Lunatic asylums Bombay report 1878-1890 - 1878-1890
Year: 1878
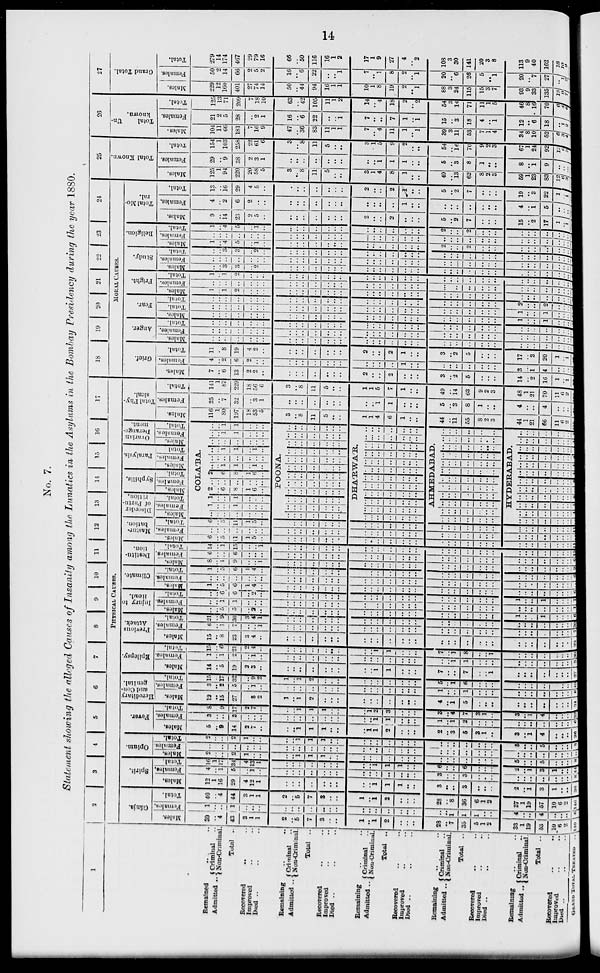
14
No. 7.
Statement showing the alleged Causes of Insanity among the Lunatics in the Asylums in the Bombay Presidency during the year 1880.
1
Remained
.. ..
Admitted ..
Criminal ..
Non-Criminal ..
Total ..
Recovered .. ..
Improved .. ..
Died ..
Remaining .. ..
Admitted .. Criminal ..
Non-Criminal.
Total
..
Recovered .. ..
Improved .. ..
Died ..
Remaining .. ..
Admitted .. Criminal ..
Non-Criminal.
Total
..
Recovered .. ..
Improved .. ..
Died .. .. ..
Remaining .. ..
Admitted .. Criminal ..
Non-Criminal.
Total
..
Recovered .. ..
Improved .. ..
Died .. .. ..
Remaining .. ..
Admitted .. Criminal ..
Non-Criminal.
Total ..
Recovered .. ..
Improved .. ..
Died .. .. ..
GRAND TOTAL TREATED ..
2 3 4 5
6
7
8
9
10
11
12
13
14
15
16
17
PHYSICAL CAUSES.
Gánja.
Males.
39
..
4
43
3
1
1
2
..
5
7
3
..
..
1
..
1
2
..
..
..
28
..
7
35
5
1
2
33
1
19
53
10
6
2
140
Females.
1
..
..
1
..
..
..
..
..
..
..
..
..
..
..
..
..
..
..
..
..
..
..
1
1
1
..
..
4
..
..
4
..
..
..
6
Total.
40
..
4
44
3
1
1
2
..
5
7
3
..
..
1
..
1
2
..
..
..
28
..
8
36
6
1
2
37
1
19
57
10
6
2
146
Spirit.
Males.
12
1
16
29
4
12
1
..
..
..
..
..
..
..
..
..
1
1
1
..
..
3
..
..
3
..
..
..
2
..
1
3
1
..
..
36
Females.
4
..
1
5
..
1
..
..
..
..
..
..
..
..
..
..
..
..
..
..
..
3
..
..
3
..
..
..
..
..
..
..
.. ..
..
8
Total.
16
1
17
34
4
13
1
..
..
..
..
..
..
..
..
..
1
1
1
..
..
6
..
..
6
..
..
..
2
..
1
3
1
..
..
44
Opium.
Males.
2
..
..
2
1
..
..
..
..
1
1
1
..
..
..
..
..
..
..
..
..
..
..
..
..
..
..
..
5
..
..
5
..
..
..
8
Females.
..
..
..
..
..
..
..
..
..
..
..
..
..
..
..
..
..
..
..
..
..
..
..
..
..
..
..
..
..
..
..
..
..
..
..
..
Total.
2
..
..
2
1
..
..
..
..
1
1
1
..
..
..
..
..
..
..
..
..
..
..
..
..
..
..
..
5
..
..
5
..
..
..
8
Fever.
Males.
5
..
9
14
2
7
..
..
..
1
1
1
..
..
..
1
1
2
..
..
..
2
..
3
5
3
1
..
3
..
1
4
..
..
..
26
Females.
3
..
..
3
..
..
..
..
..
..
..
..
..
..
..
..
1
1
..
..
..
1
..
1
2
..
..
..
..
..
..
..
..
..
..
6
Total.
8
..
9
17
2
7
..
..
..
1
1
1
..
..
..
1
2
3
..
..
..
3
..
4
7
3
1
..
3
..
1
4
..
..
..
32
Hereditary
and Con-
genital.
Males.
12
..
15
27
..
8
2
1
..
1
2
..
..
..
..
..
..
..
..
..
..
4
..
1
5
..
..
..
..
..
..
..
..
..
..
34
Females.
3
..
2
5
..
1
..
..
..
..
..
..
..
..
..
..
..
..
..
..
..
1
..
..
1
..
..
..
..
..
..
..
..
..
..
6
Total.
15
..
17
32
..
9
1
1
..
1
2
..
..
..
..
..
..
..
..
..
..
5
..
1
6
..
..
..
..
..
..
..
..
..
..
40
Epilepsy.
Males.
14
..
5
19
2
3
..
..
..
..
..
..
..
..
..
..
1
1
..
..
..
7
..
..
7
..
..
1
..
..
..
..
..
..
..
27
Females.
1
..
1
2
..
1
..
..
..
..
..
..
..
..
..
..
..
..
..
..
..
..
..
1
1
..
..
..
..
..
..
..
..
..
..
3
Total.
15
..
6
21
2
4
..
..
..
..
..
..
..
..
..
..
1
1
..
..
..
7
..
1
8
..
..
1
..
..
..
..
..
..
..
30
Previous
Attack.
Males.
15
..
8
23
3
4
..
..
..
..
..
..
..
..
..
..
..
..
..
..
..
..
..
..
..
..
..
..
..
..
..
..
..
..
..
23
Females.
6
..
1
7
..
..
1
..
..
..
..
..
..
..
..
..
..
..
..
..
..
..
..
..
..
..
..
..
..
..
..
..
..
..
..
7
Total.
21
..
9
30
3
4
1
..
..
..
..
..
..
..
..
..
..
..
..
..
..
..
..
..
..
..
..
..
..
..
..
..
..
..
..
30
Injury to
Head.
Males.
..
..
5
5
..
2
..
..
..
..
..
..
..
..
..
..
..
..
..
..
..
..
..
..
..
..
..
..
1
..
..
1
..
..
..
6
Females.
..
..
1
1
..
..
..
..
..
..
..
..
..
..
..
..
..
..
..
..
..
..
..
..
..
..
..
..
..
..
..
..
..
..
..
1
Total.
..
..
6
6
..
2
..
..
..
..
..
..
..
..
..
..
..
..
..
..
..
..
..
..
..
..
..
..
1
..
..
1
..
..
..
7
Climate.
Males.
1
..
5
6
1
4
..
..
..
..
..
..
..
..
..
..
..
..
..
..
..
..
..
..
..
..
..
..
..
..
..
..
..
..
..
6
Females.
..
..
..
..
..
..
..
..
..
..
..
..
..
..
..
..
..
..
..
..
..
..
..
..
..
..
..
..
..
..
..
..
..
..
..
..
Total.
1
..
5
6
1
4
..
..
..
..
..
..
..
..
..
..
..
..
..
..
..
..
..
..
..
..
..
..
..
..
..
..
..
..
..
6
Destitu-
tion.
Males.
8
..
1
9
..
..
1
..
..
..
..
..
..
..
..
..
..
..
..
..
..
..
..
..
..
..
..
..
..
..
..
..
..
..
..
9
Females.
6
..
..
6
..
..
..
..
..
..
..
..
..
..
..
..
..
..
..
..
..
..
..
..
..
..
..
..
..
..
..
..
..
..
..
6
Total.
14
..
1
15
..
..
1
..
..
..
..
..
..
..
..
..
..
..
..
..
..
..
..
..
..
..
..
..
..
..
..
..
..
..
..
15
Mastur-
bation.
Males.
6
..
5
11
1
5
..
..
..
..
..
..
..
..
..
..
..
..
..
..
..
..
..
..
..
..
..
..
..
..
..
..
..
..
..
11
Females.
..
..
..
..
..
..
..
..
..
..
..
..
..
..
..
..
..
..
..
..
..
..
..
..
..
..
..
..
..
..
..
..
..
..
..
..
Total.
6
..
5
11
1
5
..
..
..
..
..
..
..
..
..
..
..
..
..
..
..
..
..
..
..
..
..
..
..
..
..
..
..
..
..
11
Disorder
of Partu-
rition.
Males.
Females.
Total.
Syphilis.
Males.
Females.
Total.
Paralysis.
Males.
Females.
Total.
Ovarian
Derange-
ment.
Males.
Females.
Total.
COLA'BA.
..
..
..
..
..
..
..
1
..
..
1
..
..
..
1
..
..
1
..
..
..
2
..
6
8
1
6
..
..
..
..
..
..
..
..
2
..
6
8
1
6
..
..
..
1
1
..
1
..
..
..
..
..
..
..
..
..
..
1
1
..
1
..
..
..
..
..
..
..
..
..
..
1
1
..
..
..
..
..
1
1
..
..
..
POONA.
..
..
..
..
..
..
..
..
..
..
..
..
..
..
..
..
..
..
..
..
..
..
..
..
..
..
..
..
..
..
..
..
..
..
..
..
..
..
..
..
..
..
..
..
..
..
..
..
..
..
..
..
..
..
..
..
..
..
..
..
..
..
..
..
..
..
..
..
..
..
..
..
..
..
..
..
..
..
..
..
..
..
..
..
DHA'RWA'R.
..
..
..
..
..
..
..
..
..
..
..
..
..
..
..
..
..
..
..
..
..
..
..
..
..
..
..
..
..
..
..
..
..
..
..
..
..
..
..
..
..
..
..
..
..
..
..
..
..
..
..
..
..
..
..
..
..
..
..
..
..
..
..
..
..
..
..
..
..
..
..
..
..
..
..
..
..
..
..
..
..
..
..
..
AHMEDABAD.
..
..
..
..
..
..
..
..
..
..
..
..
..
..
..
..
..
..
..
..
..
..
..
..
..
..
..
..
..
..
..
..
..
..
..
..
..
..
..
..
..
..
..
..
..
..
..
..
..
..
..
..
..
..
..
..
..
..
..
..
..
..
..
..
..
..
..
..
..
..
..
..
..
..
..
..
..
..
..
..
..
..
..
..
HYDERABAD.
..
..
..
..
..
..
..
..
..
..
..
..
..
..
..
..
..
..
..
..
..
..
..
..
..
..
..
..
..
..
..
..
..
..
..
..
..
..
..
..
..
..
..
..
..
..
..
..
..
..
..
..
..
..
..
..
..
..
..
..
..
..
..
..
..
..
..
..
..
..
..
..
..
..
..
..
..
..
..
..
..
..
..
..
..
..
..
..
..
..
Total Phy-
sical.
Males.
116
1
80
197
18
53
5
3
..
8
11
5
..
..
1
1
4
6
1
..
..
44
..
11
55
8
2
3
44
1
21
66
11
6
2
Females.
25
..
7
32
..
3
1
..
..
..
..
..
..
..
..
..
1
1
..
..
..
5
..
3
8
1
..
..
4
..
..
4
..
..
..
Total.
141
1
87
229
18
56
6
3
..
8
11
5
..
..
1
1
5
7
1
..
..
49
..
14
63
9
2
3
48
1
21
70
11
6
2
18
19
20
21
22
23
24
MORAL CAUSES.
Grief.
Males.
7
..
6
13
2
2
..
..
..
..
..
..
..
..
2
..
..
2
..
..
..
3
..
2
5
..
..
..
14
..
2
16
1
..
1
Females.
4
..
2
6
2
..
..
..
..
..
..
..
..
..
..
..
..
..
1
..
..
..
..
..
..
..
..
..
3
..
1
4
..
..
..
Total.
11
..
8
19
4
2
..
..
..
..
..
..
..
..
2
..
..
2
1
..
..
3
..
2
5
..
..
..
17
..
3
20
1
..
1
Anger.
Males.
..
..
..
..
..
..
..
..
..
..
..
..
..
..
..
..
..
..
..
..
..
..
..
..
..
..
..
..
..
..
..
..
..
..
..
Females.
..
..
..
..
..
..
..
..
..
..
..
..
..
..
..
..
..
..
..
..
..
..
..
..
..
..
..
..
..
..
..
..
..
..
..
Total.
..
..
..
..
..
..
..
..
..
..
..
..
..
..
..
..
..
..
..
..
..
..
..
..
..
..
..
..
..
..
..
..
..
..
..
Fear.
Males.
..
..
..
..
..
..
..
..
..
..
..
..
..
..
..
..
..
..
..
..
..
..
..
..
..
..
..
..
1
..
..
1
..
..
..
Total.
..
..
..
..
..
..
..
..
..
..
..
..
..
..
..
..
..
..
..
..
..
..
..
..
..
..
..
..
1
..
..
1
..
..
..
Total.
..
..
..
..
..
..
..
..
..
..
..
..
..
..
..
..
..
..
..
..
..
..
..
..
..
..
..
..
2
..
..
2
..
..
..
Fright.
Males.
1
..
1
2
..
..
..
..
..
..
..
..
..
..
..
..
..
..
..
..
..
..
..
..
..
..
..
..
..
..
..
..
..
..
..
Females.
..
..
..
..
..
..
..
..
..
..
..
..
..
..
..
..
..
..
..
..
..
..
..
..
..
..
..
..
..
..
..
..
..
..
..
Total.
1
..
1
2
..
..
..
..
..
..
..
..
..
..
..
..
..
..
..
..
..
..
..
..
..
..
..
..
..
..
..
..
..
..
..
Study.
Males.
..
..
3
3
..
2
..
..
..
..
..
..
..
..
..
..
..
..
..
..
..
..
..
..
..
..
..
..
..
..
..
..
..
..
..
Females.
..
..
..
..
..
..
..
..
..
..
..
..
..
..
..
..
..
..
..
..
..
..
..
..
..
..
..
..
..
..
..
..
..
..
..
Total.
..
..
3
3
..
2
..
..
..
..
..
..
..
..
..
..
..
..
..
..
..
..
..
..
..
..
..
..
..
..
..
..
..
..
..
Religion.
Males.
1
..
4
5
..
1
..
..
..
..
..
..
..
..
..
..
..
..
..
..
..
2
..
..
2
..
..
..
..
..
..
..
..
..
..
Females.
..
..
..
..
..
..
..
..
..
..
..
..
..
..
..
..
..
..
..
..
..
..
..
..
..
..
..
..
..
..
..
..
..
..
..
Total.
1
..
4
5
..
1
..
..
..
..
..
..
..
..
..
..
..
..
..
..
..
2
..
..
2
..
..
..
..
..
..
..
..
..
..
Total Mo-
ral.
Males.
9
..
14
23
2
5
..
..
..
..
..
..
..
..
2
..
..
2
..
..
..
5
..
2
7
..
..
..
15
..
2
17
1
..
1
Females.
4
..
2
6
2
..
..
..
..
..
..
..
..
..
..
..
..
..
1
..
..
..
..
..
..
..
..
..
4
..
1
5
..
..
..
Total.
13
..
16
29
4
5
..
..
..
..
..
..
..
..
2
..
..
2
1
..
..
5
..
2
7
..
..
..
19
..
3
22
1
..
1
25
Total Known.
Males.
125
1
94
220
20
58
5
3
..
8
11
5
..
..
3
1
4
8
1
..
..
49
..
13
62
8
2
3
59
1
23
83
12
6 3
Females.
29
..
9
38
2
3
1
..
..
..
..
..
..
..
..
..
1
1
1
..
..
5
..
3
8
1
..
..
8
..
1
9
..
.. ..
Total.
154
1
103
258
22
61
6
3
..
8
11
5
..
..
3
1
5
9
2
..
..
54
..
16
70
9
2
3
67
1
24
92
12
6
3
26
Total
Un-
known.
Males.
104
11
66
181
7
16
9
47
..
36
83
11
1
1
7
..
4
11
1
..
1
39
3
11
53
7
1
4
34
8
10
52
6
3
4
Females.
21
2
5
28
..
2
1
16
..
6
22
..
..
1
7
..
..
7
1
..
1
15
..
3
18
4
..
1
12
..
6
18
..
1
2
Total.
125
13
71
209
7
18
10
63
..
42
105
11
1
2
14
..
4
18
2
..
2
54
3
14
71
11
1
5
46
8
16
70
6
4
6
27
Grand Total.
Males.
229
12
160
401
27
74
14
50
..
44
94
16
1
1
10
1
8
19
2
..
1
88
3
24
115
15
3
7
93
9
33
135
18 9
7
Females.
50
2
14
66
2
5
2
16
..
6
22
..
..
1
7
..
1
8
2
..
1
20
..
6
26
5
..
1
20
..
7
27
..
1
2
Total.
279
14
174
467
29
79
16
66
..
50
116
16
1
2
17
1
9
27
4
..
2
108
3
30
141
20
3
8
113
9
40
162
18
10
9